Plague in India, 1896, 1897 - Volume 2
Year: 1896
Disease focus: Plague
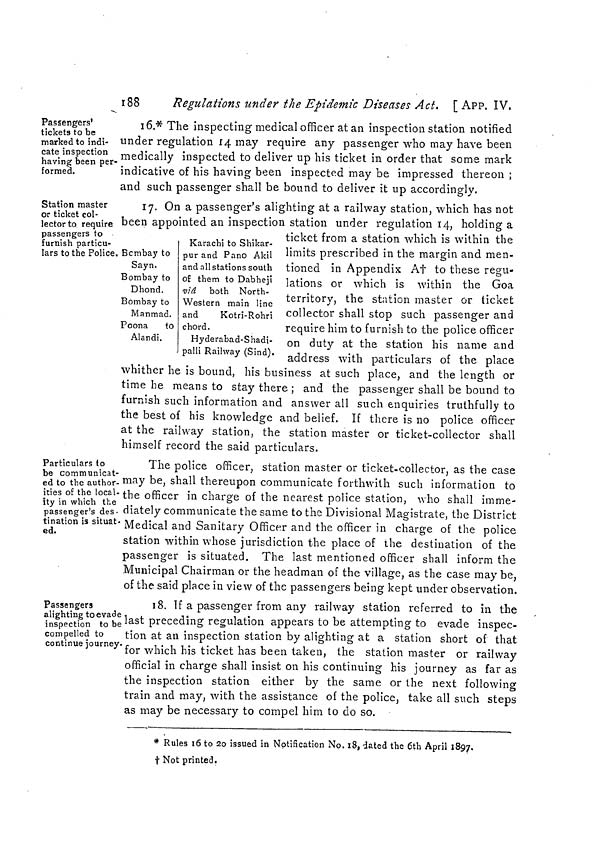
188
Regulations under the Epidemic Diseases Act. [ APP. IV.
Passengers'
tickets to be
marked to indi-
cate inspection
having been per-
formed.
16.* The inspecting medical officer atan inspection station notified
under regulation 14 may require any passenger who may have been
medically inspected to deliver up his ticket in order that some mark
indicative of his having been inspected may be impressed thereon ;
and such passenger shall be bound to deliver it up accordingly.
Station master
or ticket col-
lector to require
passengers to
furnish particu-
lars to the Police.
17. On a passenger's alighting at a railway station, which has not
been appointed an inspection station under regulation 14, holding a
Bombay to
Sayn,
Bombay to
Dhond.
Bombay to
Manmad.
Poona
to
Alandi.
Karachi to Shikar-
pur and Pano Akil
and all stations south
of them to Dabheji
viá both North-
Western main line
and
Kotri-Rohri
chord.
Hyderabad-Shadi-
palli Railway (Sind).
ticket from a station which is within the
limits prescribed in the margin and men-
tioned in Appendix At to these regu-
lations or which is within the Goa
territory, the station master or ticket
collector shall stop such passenger and
require him to furnish to the police officer
on duty at the station his name and
address with particulars of the place
whither he is bound, his business at such place, and the length or
time he means to stay there ; and the passenger shall be bound to
furnish such information and answer all such enquiries truthfully to
the best of his knowledge and belief. If there is no police officer
at the railway station, the station master or ticket-collector shall
himself record the said particulars.
Particulars to
be communicat-
ed to the author-
ities of the local-
ity in which the
passenger's des-
tination is situât-
ed.
The police officer, station master or ticket-collector, as the case
may be, shall thereupon communicate forthwith such information to
the officer in charge of the nearest police station, who shall imme-
diately communicate the same to the Divisional Magistrate, the District
Medical and Sanitary Officer and the officer in charge of the police
station within whose jurisdiction the place of the destination of the
passenger is situated. The last mentioned officer shall inform the
Municipal Chairman or the headman of the village, as the case may be,
of the said place in view of the passengers being kept under observation.
Passengers
alighting to evade
inspection to be
compelled to
continue journey
18. If a passenger from any railway station referred to in the
last preceding regulation appears to be attempting to evade inspec-
tion at an inspection station by alighting at a station short of that
for which his ticket has been taken, the station master or railway
official in charge shall insist on his continuing his journey as far as
the inspection station either by the same or the next following
train and may, with the assistance of the police, take all such steps
as may be necessary to compel him to do so.
* Rules 16 to 20 issued in Notification No. 18, dated the 6th April 1897.
Not printed.